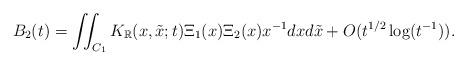
LaTeX: \begin{align*}B_2(t)=\iint_{C_1}K_{\mathbb{R}}(x,\tilde x;t)\Xi_1(x)\Xi_2(x)x^{-1}dxd\tilde x+O(t^{1/2}\log(t^{-1})).\end{align*}